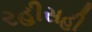
રહીસહી